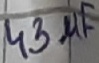
Text: 43µF